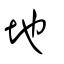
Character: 墬